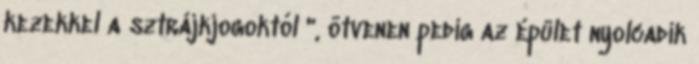
kezekkel a sztrájkjogoktól ", ötvenen pedig az épület nyolcadik